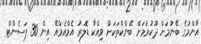
އާންމުގެ ބޭނުމަށް ދޫކުރުމަށް ބޭންކްތަކަށް ވިއްކާ ޑޮލަރު އެމްއެމްއޭ އިން 30 ޕަސެންޓް